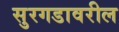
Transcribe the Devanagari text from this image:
सुरगडावरील